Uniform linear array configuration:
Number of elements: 64
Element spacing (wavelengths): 0.75
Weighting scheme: binomial
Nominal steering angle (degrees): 45
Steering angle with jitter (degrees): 45.277
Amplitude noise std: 0.05
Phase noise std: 0.05

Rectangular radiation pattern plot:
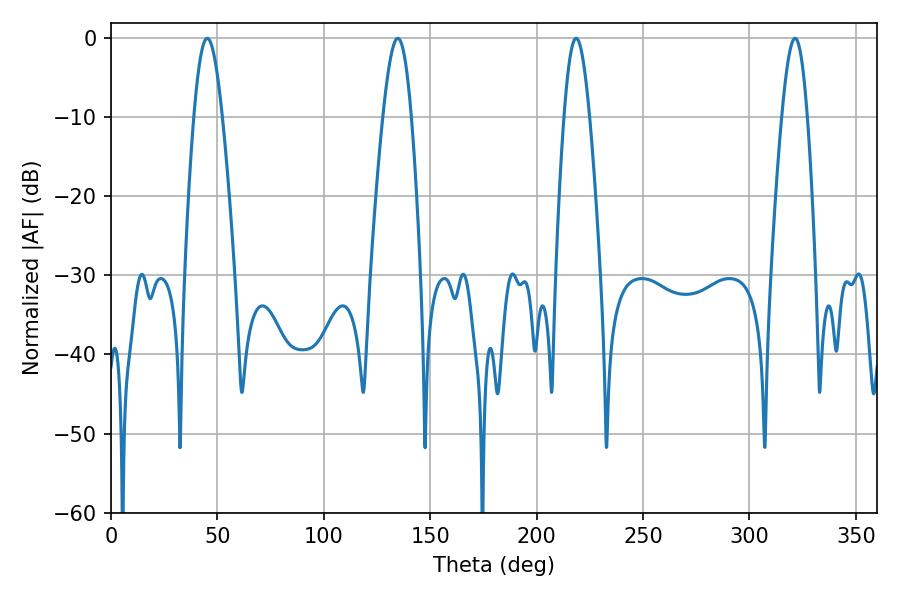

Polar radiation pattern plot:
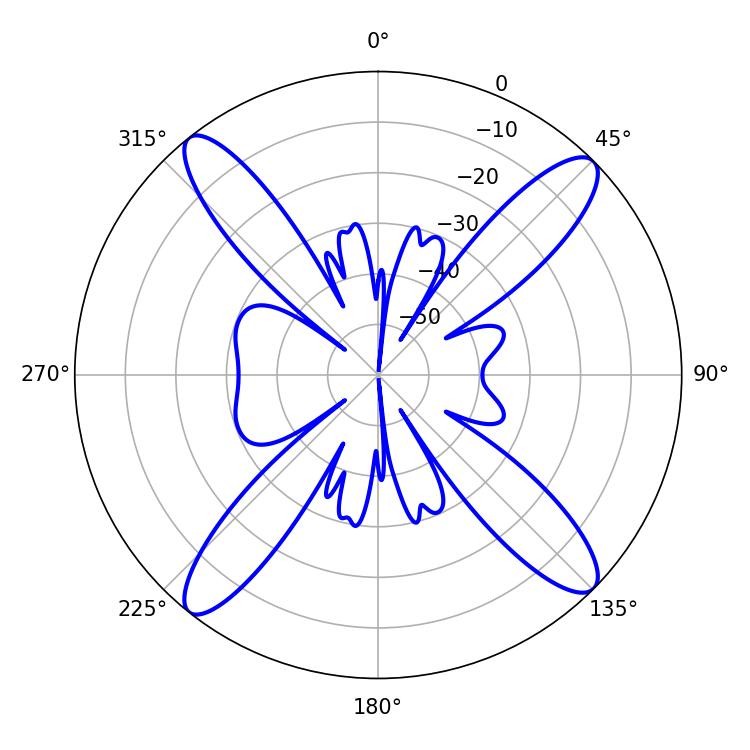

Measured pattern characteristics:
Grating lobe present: TRUE
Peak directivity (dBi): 16.935
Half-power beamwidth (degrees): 6.48
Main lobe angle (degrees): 218.52